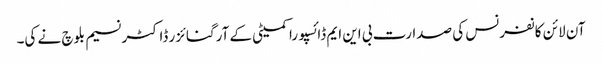
آن لائن کانفرنس کی صدارت بی این ایم ڈائسپورا کمیٹی کے آرگنائزر ڈاکٹر نسیم بلوچ نے کی۔